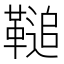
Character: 𩌝